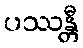
ပဿန္တီ